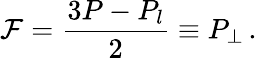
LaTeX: {\mathcal{F}}=\frac{3P-P_{l}}{2}\equiv P_{\perp}\, .